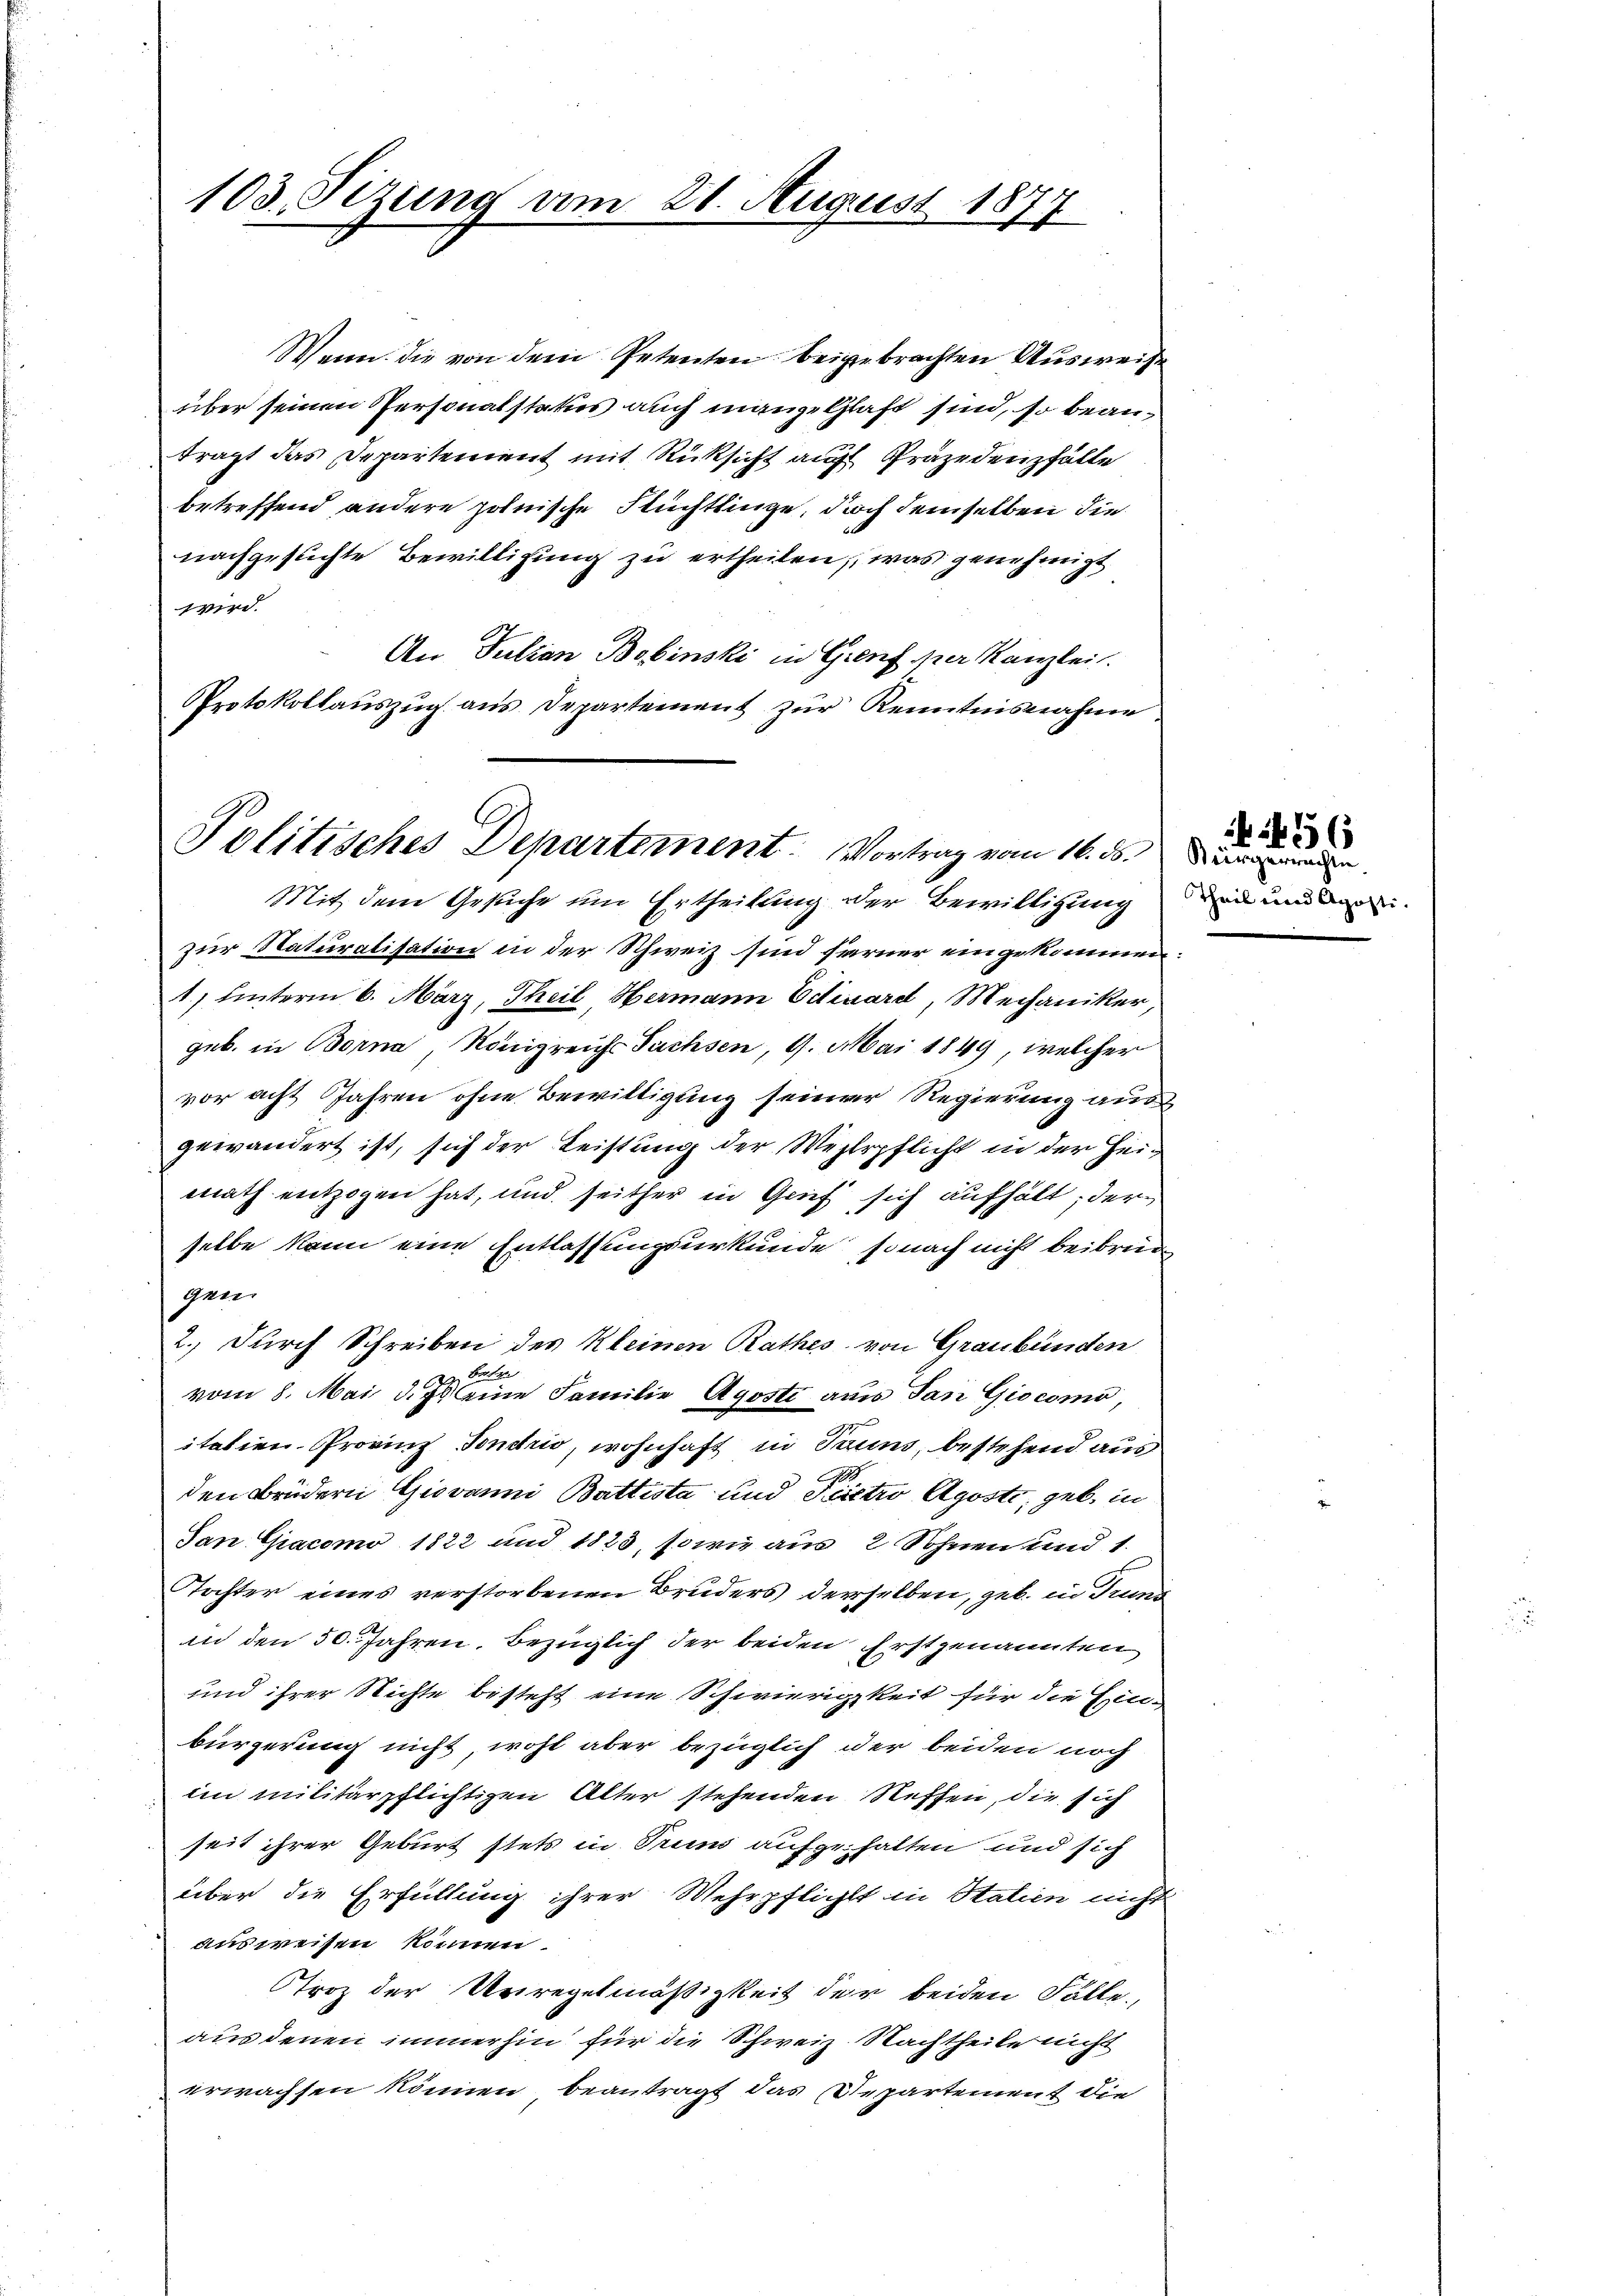
103. Tizung vom 21. August 1877

Wenn die von dem Petenten beigebrachten Ausweise
über seinen Personalstatus auch mangelhaft sind, so beanträgt das Departement mit Rücksicht au Präsidenzfälle
betreffend andere polnische Flüchtlinge, doch demselben die
nachgesuchte Bewilligung zu ertheilen, was genehmigt
wird.
An Julian Bobinski in Genf per Kanzlei.
Protokollauszug aus Departement zur Kenntnisnahme

Politisches Departement. Vortrag vom 16. ds. Dien
Mit dem Gesuche um Ertheilung der Bewilligung

zur Naturalisation in der Schweiz sind ferner eingekommen:
1) hinterm 6. März, Theil, Hermann Eduard, Mechaniker,
geb. in Borna, Königreichs Sachsen, 9. Mai 1849, welcher
vor acht Jahren ohne Bewittigung seiner Regierung aus
gewändert ist, sich der Leistung der Wehrpflicht in der Heimath entzogen hat, und seither in Grief sich aufhält, der
selbe kann eine Entlassungsurkunde sonach nicht beibrüc
gen.
2.) Durch Schreiben des Kleinen Rathes von Graubünden
betr.
vom 8. Mai d. Js. eine Familie Aposti aus San Giocomo,
itatien- Provinz Fondrio, wohnhaft in Taum, bestehend aus
den Brüdern Giovanni Battista und Pietro Agoste, geb. in
San Giacomo 1822 und 1823, sowie aus 2 Sohnen und 1.
Tochter eines verstorbenen Bruders derselben, geb. in Trun
in den 50. Jahren, bezüglich der beiden Erstgenannten
und ihrer Richte besteht eine Schwierigkeit für die Einbürgerung nicht, wohl aber bezüglich der beiden noch
im militärpflichtigen Alter stehenden Neffen, die sich
seit ihrer Geburt stets in Truns aufgehalten und sich
über die Erfüllung ihrer Mehrpflicht in Statien nicht
ausweisen können.
Stroz der Unregelmäßigkeit der beiden Fälle.
aus denen immerhin für die Schweiz. Nachtheile nicht
erwachsen können, beantragt das Repartement die

45
Theil u.

a